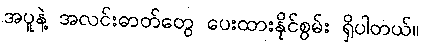
အပူနဲ့ အလင်းဓာတ်တွေ ပေးထားနိုင်စွမ်း ရှိပါတယ်။